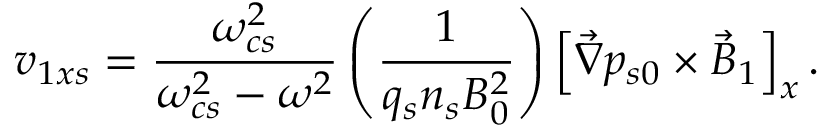
v _ { 1 x s } = \frac { \omega _ { c s } ^ { 2 } } { \omega _ { c s } ^ { 2 } - \omega ^ { 2 } } \left( \frac { 1 } { q _ { s } n _ { s } B _ { 0 } ^ { 2 } } \right) \left[ \vec { \nabla } p _ { s 0 } \times \vec { B } _ { 1 } \right] _ { x } .